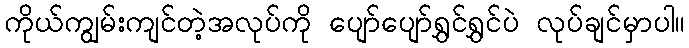
ကိုယ်ကျွမ်းကျင်တဲ့အလုပ်ကို ပျော်ပျော်ရွှင်ရွှင်ပဲ လုပ်ချင်မှာပါ။